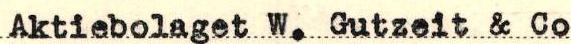
Aktiebolaget W. Gutzeit & Co